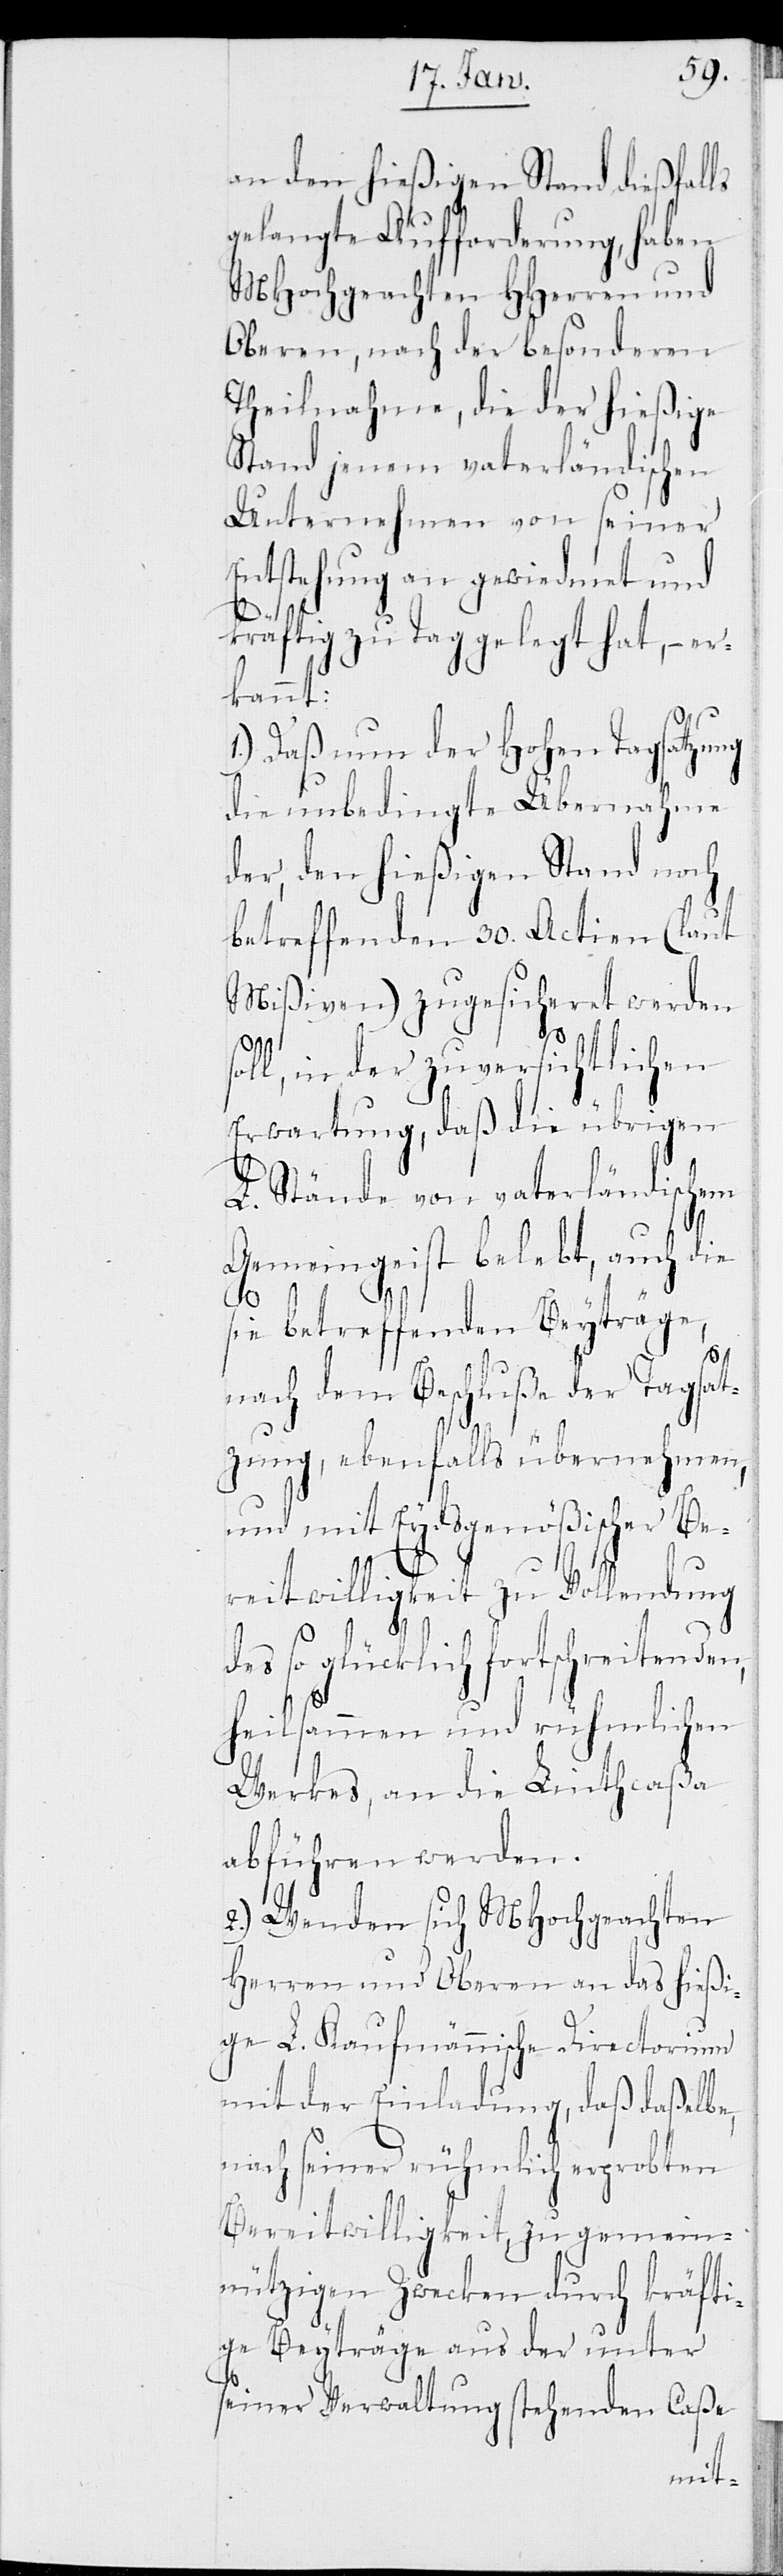
an den hießigen Stand dießfalls
gelangte Aufforderung, haben
MHochgeachten HHerren und
Oberen, nach der besonderen
Theilnahme, die der hießige
Stand jenem vaterländischen
Unternehmen von seiner
Entstehung an gewiedmet und
kräftig zu Tag gelegt hat, – er¬
kannt:
1.) Daß nun der Hohen Tagsatzung
die unbedingte Übernahme
der, den hießigen Stand noch
betreffenden 30. Actien (laut
Mißiven) zugesicheret werden
s¬
oll, in der zuversichtlichen
Erwartung, daß die übrigen
L. Stände von vaterländischem
Gemeingeist belebt, auch die
sie betreffenden Beyträge,
nach dem Beschluße der Tagsat¬
zung, ebenfalls übernehmen,
und mit Eydsgenößischer Be¬
reitwilligkeit zu Vollendung
des so glücklich fortschreitenden,
heilsamen und rühmlichen
Werkes, an die Linthcaßa
abführen werden.
2.) Wenden sich MHochgeachten
Herren und Oberen an das hießi¬
ge L. Kaufmännische Directorium
mit der Einladung, daß daßelbe,
nach seiner rühmlich erprobten
Bereitwilligkeit zu gemein¬
nützigen Zwecken durch kräfti¬
ge Beyträge aus der unter
seiner Verwaltung stehenden Caße